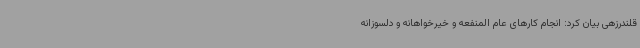
قلندرزهی بیان کرد: انجام کارهای عام المنفعه و خیرخواهانه و دلسوزانه